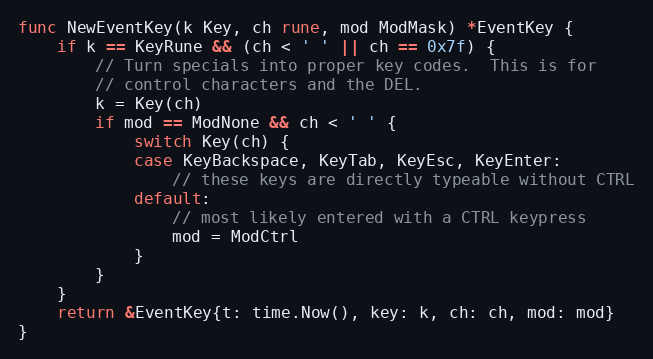
Language: Go
func NewEventKey(k Key, ch rune, mod ModMask) *EventKey {
	if k == KeyRune && (ch < ' ' || ch == 0x7f) {
		// Turn specials into proper key codes.  This is for
		// control characters and the DEL.
		k = Key(ch)
		if mod == ModNone && ch < ' ' {
			switch Key(ch) {
			case KeyBackspace, KeyTab, KeyEsc, KeyEnter:
				// these keys are directly typeable without CTRL
			default:
				// most likely entered with a CTRL keypress
				mod = ModCtrl
			}
		}
	}
	return &EventKey{t: time.Now(), key: k, ch: ch, mod: mod}
}